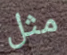
مثل